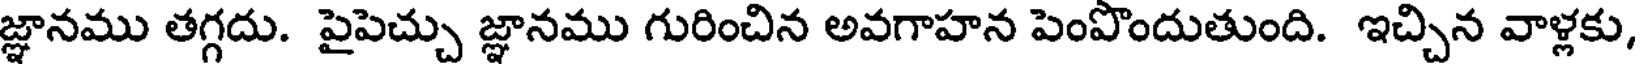
జ్ఞానము తగ్గదు. పైపెచ్చు జ్ఞానము గురించిన అవగాహన పెంపొందుతుంది. ఇచ్చిన వాళ్లకు,